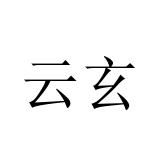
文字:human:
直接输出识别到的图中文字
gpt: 云玄